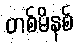
တစ်မိနစ်